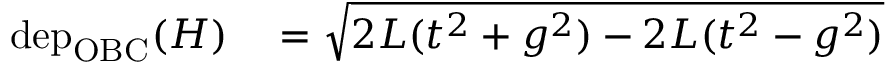
\begin{array} { r l } { \mathrm { d e p } _ { \mathrm { O B C } } ( H ) } & { { } = \sqrt { 2 L ( t ^ { 2 } + g ^ { 2 } ) - 2 L ( t ^ { 2 } - g ^ { 2 } ) } } \end{array}